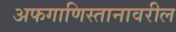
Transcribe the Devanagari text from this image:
अफगाणिस्तानावरील